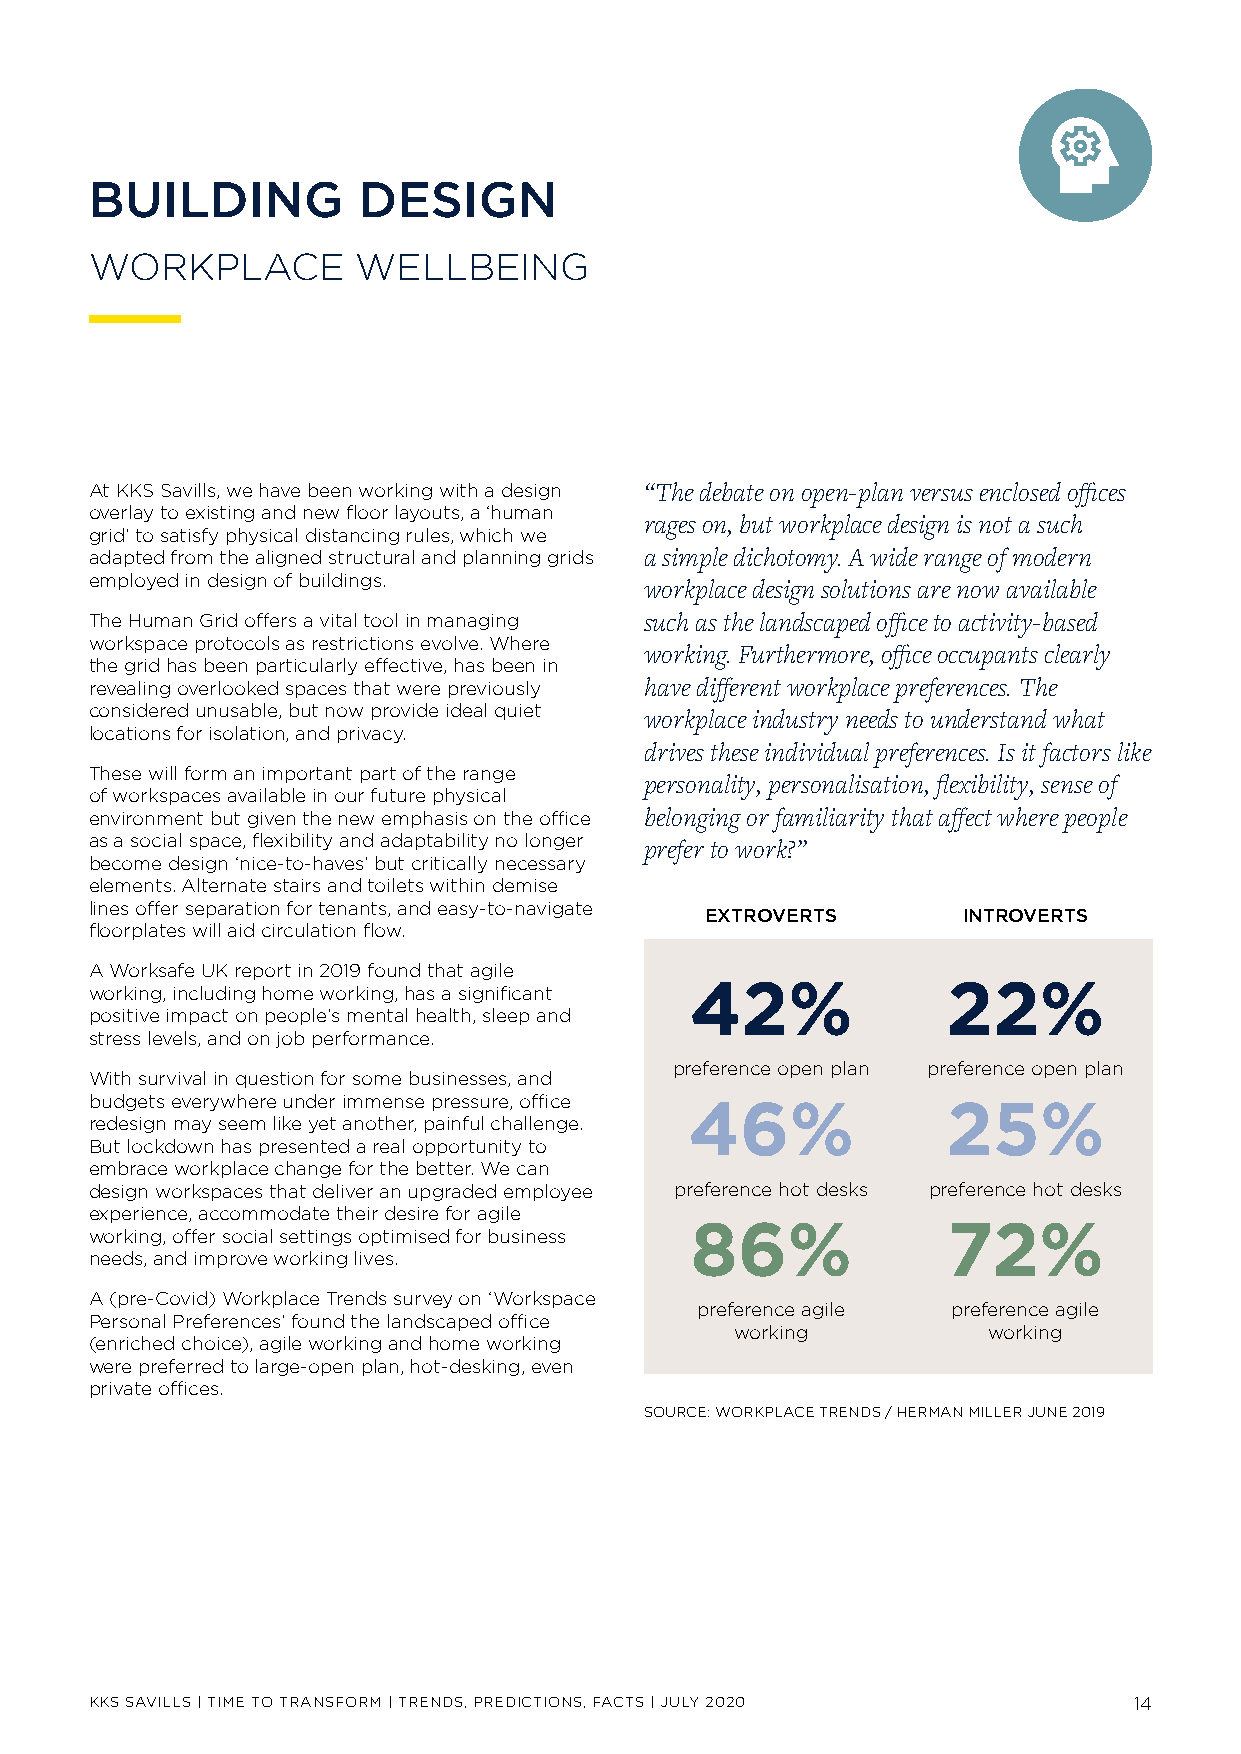
BUILDING          DESIGN
 WORKPLACE        WELLBEING
 At KKS Savills, we have been working with a design “The debate on open-plan versus enclosed offices
 overlay to existing and new floor layouts, a ‘human
 rages on, but workplace design is not a such
 grid’ to satisfy physical distancing rules, which we
 adapted from the aligned structural and planning grids a simple dichotomy. A wide range of modern
 employed in design of buildings.     workplace design solutions are now available
 The Human Grid offers a vital tool in managing such as the landscaped office to activity-based
 workspace protocols as restrictions evolve. Where
 working. Furthermore, office occupants clearly
 the grid has been particularly effective, has been in
 revealing overlooked spaces that were previously have different workplace preferences. The
 considered unusable, but now provide ideal quiet workplace industry needs to understand what
 locations for isolation, and privacy.
 drives these individual preferences. Is it factors like
 These will form an important part of the range
 personality, personalisation, flexibility, sense of
 of workspaces available in our future physical
 environment but given the new emphasis on the office belonging or familiarity that affect where people
 as a social space, flexibility and adaptability no longer prefer to work?”
 become design ‘nice-to-haves’ but critically necessary
 elements. Alternate stairs and toilets within demise
 lines offer separation for tenants, and easy-to-navigate
 EXTROVERTS       INTROVERTS
 floorplates will aid circulation flow.
 A Worksafe UK report in 2019 found that agile
 working, including home working, has a significant 42%   22%
 positive impact on people’s mental health, sleep and
 stress levels, and on job performance.
 preference open plan preference open plan
 With survival in question for some businesses, and
 budgets everywhere under immense pressure, office
 46    %          25    %
 redesign may seem like yet another, painful challenge.
 But lockdown has presented a real opportunity to
 embrace workplace change for the better. We can
 design workspaces that deliver an upgraded employee preference hot desks preference hot desks
 experience, accommodate their desire for agile
 working, offer social settings optimised for business 86 % 72%
 needs, and improve working lives.
 A (pre-Covid) Workplace Trends survey on ‘Workspace
 preference agile preference agile
 Personal Preferences’ found the landscaped office
 working         working
 (enriched choice), agile working and home working
 were preferred to large-open plan, hot-desking, even
 private offices.
 SOURCE: WORKPLACE TRENDS / HERMAN MILLER JUNE 2019
 KKS SAVILLS | TIME TO TRANSFORM | TRENDS, PREDICTIONS, FACTS | JULY 2020 14